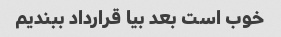
خوب است بعد بیا قرارداد ببندیم